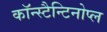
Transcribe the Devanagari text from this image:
कॉन्स्टैन्टिनोप्ल